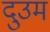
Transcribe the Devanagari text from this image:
दुउम